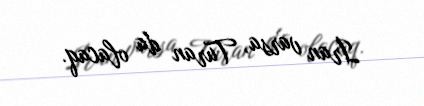
İran varsa, Turan da olacaq.